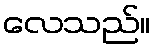
လေသည်။